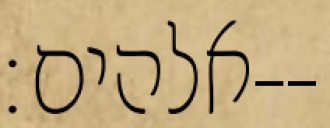
אלהים׃--